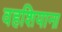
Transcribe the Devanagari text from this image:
वहशियाना